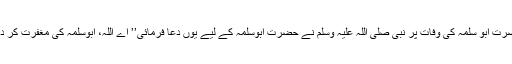
حضرت ابو سلمہؓ کی وفات پر نبی صلی اللہ علیہ وسلم نے حضرت ابوسلمہؓ کے لیے یوں دعا فرمائی’’ اے اللہ، ابوسلمہ کی مغفرت کر دے۔